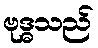
ဗုဒ္ဓသည်